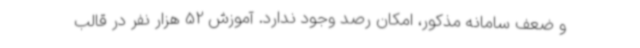
و ضعف سامانه مذکور، امکان رصد وجود ندارد. آموزش 52 هزار نفر در قالب